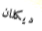
ديكلان